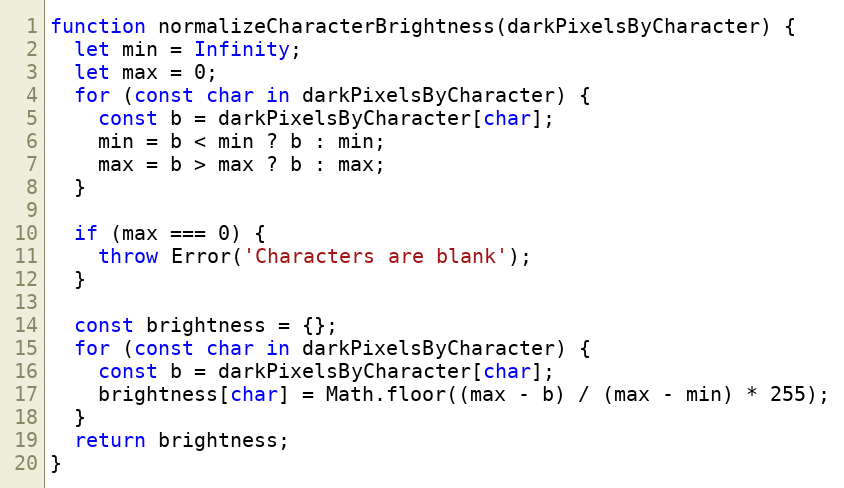
Language: JavaScript
function normalizeCharacterBrightness(darkPixelsByCharacter) {
  let min = Infinity;
  let max = 0;
  for (const char in darkPixelsByCharacter) {
    const b = darkPixelsByCharacter[char];
    min = b < min ? b : min;
    max = b > max ? b : max;
  }

  if (max === 0) {
    throw Error('Characters are blank');
  }

  const brightness = {};
  for (const char in darkPixelsByCharacter) {
    const b = darkPixelsByCharacter[char];
    brightness[char] = Math.floor((max - b) / (max - min) * 255);
  }
  return brightness;
}